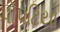
પોપટિયા